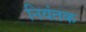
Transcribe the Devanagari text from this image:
नियंतक